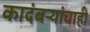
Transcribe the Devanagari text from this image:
कादंबऱ्यांचाही